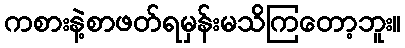
ကစားနဲ့စာဖတ်ရမှန်းမသိကြတော့ဘူး။